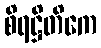
စိရဋ္ဌိတိကေ